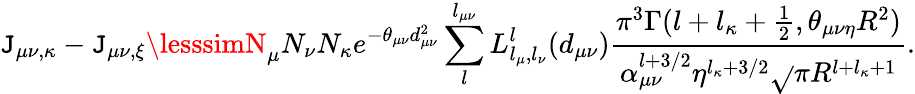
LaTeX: \mathtt{J}_{\mu\nu,\kappa}-\mathtt{J}_{\mu\nu,\xi}\lesssimN_{\mu}N_{\nu}N_{\kappa}e^{-\theta_{\mu\nu}d_{\mu\nu}^{2}}\sum_{l}^{l_{\mu\nu}}L_{l_{\mu},l_{\nu}}^{l}(d_{\mu\nu})\frac{{\pi^{3}\Gamma(l+l_{\kappa}+\frac{{1}}{{2}},\theta_{\mu\nu\eta}R^{2})}}{{\alpha_{\mu\nu}^{l+3/2}\eta^{l_{\kappa}+3/2}\sqrt{}{{\pi}}R^{l+l_{\kappa}+1}}}.